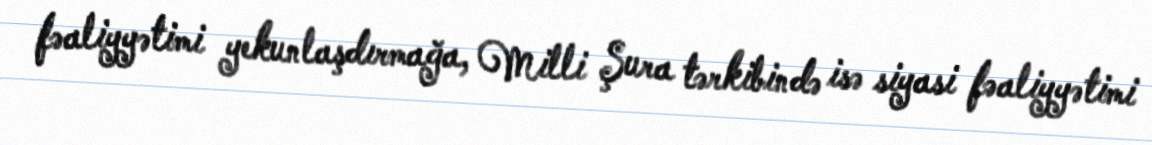
fəaliyyətimi yekunlaşdırmağa, Milli Şura tərkibində isə siyasi fəaliyyətimi